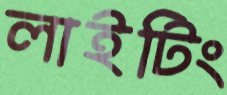
লাইটিং